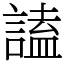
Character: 𧪞